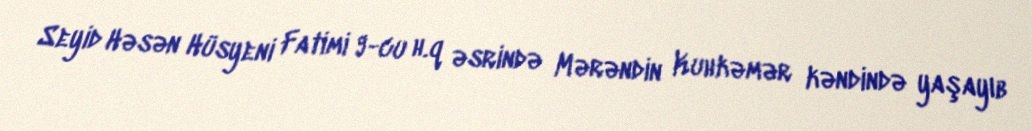
Seyid Həsən Hüsyeni Fatimi 9-cu h.q əsrində Mərəndin Kuhkəmər kəndində yaşayıb